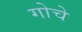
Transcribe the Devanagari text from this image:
गोचे